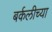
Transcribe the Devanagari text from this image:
बर्कलीच्या